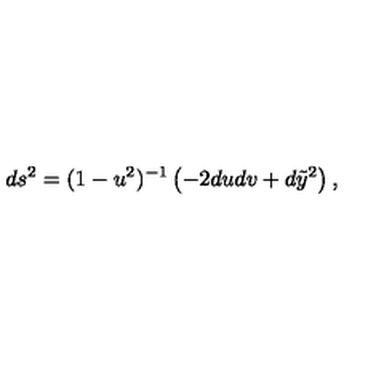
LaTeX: d s ^ { 2 } = ( 1 - u ^ { 2 } ) ^ { - 1 } \left( - 2 d u d v + d \tilde { y } ^ { 2 } \right) ,